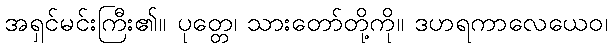
အရှင်မင်းကြီး၏။ ပုတ္တေ၊ သားတော်တို့ကို။ ဒဟရကာလေယေဝ၊